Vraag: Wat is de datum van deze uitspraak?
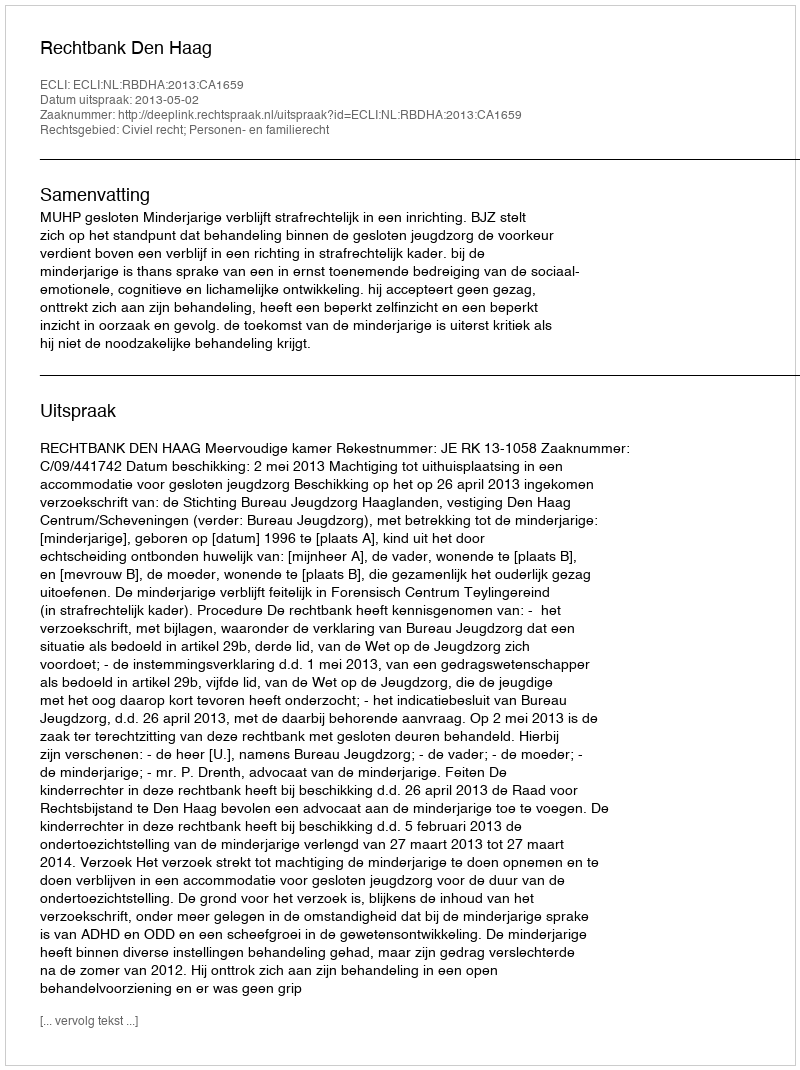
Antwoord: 2013-05-02